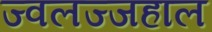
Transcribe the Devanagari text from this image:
ज्वलज्जहाल